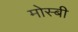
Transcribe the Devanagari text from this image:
मोस्बी